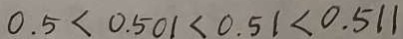
0 . 5 < 0 . 5 0 1 < 0 . 5 1 < 0 . 5 1 < 0 . 5 1 1